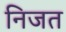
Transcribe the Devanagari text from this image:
निजत